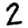
Digit: 2